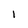
Character: 1